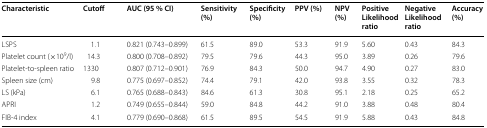
<table><thead><tr><td><b>Characteristic</b></td><td><b>Cutoff</b></td><td><b>AUC (95 % CI)</b></td><td><b>Sensitivity (%)</b></td><td><b>Specificity (%)</b></td><td><b>PPV (%)</b></td><td><b>NPV (%)</b></td><td><b>Positive Likelihood ratio</b></td><td><b>Negative Likelihood ratio</b></td><td><b>Accuracy (%)</b></td></tr></thead><tbody><tr><td>LSPS</td><td>1.1</td><td>0.821 (0.743–0.899)</td><td>61.5</td><td>89.0</td><td>53.3</td><td>91.9</td><td>5.60</td><td>0.43</td><td>84.3</td></tr><tr><td>Platelet count (×10<sup>9</sup>/l)</td><td>14.3</td><td>0.800 (0.708–0.892)</td><td>79.5</td><td>79.6</td><td>44.3</td><td>95.0</td><td>3.89</td><td>0.26</td><td>79.6</td></tr><tr><td>Platelet-to-spleen ratio</td><td>1330</td><td>0.807 (0.712–0.901)</td><td>76.9</td><td>84.3</td><td>50.0</td><td>94.7</td><td>4.90</td><td>0.27</td><td>83.0</td></tr><tr><td>Spleen size (cm)</td><td>9.8</td><td>0.775 (0.697–0.852)</td><td>74.4</td><td>79.1</td><td>42.0</td><td>93.8</td><td>3.55</td><td>0.32</td><td>78.3</td></tr><tr><td>LS (kPa)</td><td>6.1</td><td>0.765 (0.688–0.843)</td><td>84.6</td><td>61.3</td><td>30.8</td><td>95.1</td><td>2.18</td><td>0.25</td><td>65.2</td></tr><tr><td>APRI</td><td>1.2</td><td>0.749 (0.655–0.844)</td><td>59.0</td><td>84.8</td><td>44.2</td><td>91.0</td><td>3.88</td><td>0.48</td><td>80.4</td></tr><tr><td>FIB-4 index</td><td>4.1</td><td>0.779 (0.690–0.868)</td><td>61.5</td><td>89.5</td><td>54.5</td><td>91.9</td><td>5.88</td><td>0.43</td><td>84.8</td></tr></tbody></table>